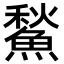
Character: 𩹤